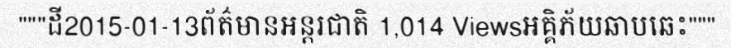
"""ដី2015-01-13ព័ត៌មានអន្តរជាតិ 1,014 Viewsអគ្គិភ័យឆាបឆេះ"""